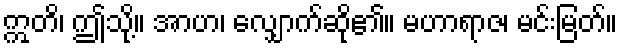
ဣတိ၊ ဤသို့။ အာဟ၊ လျှောက်ဆို၏။ မဟာရာဇ၊ မင်းမြတ်။